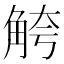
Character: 𫌮